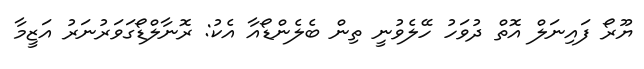
ޔޫރޯ ފައިނަލް އޮތް ދުވަހު ހޭލެވުނީ ތިން ބެލެންޑޯއާ އެކު: ރޮނާލްޑޯގަވަރުނަރު އަޒީމާ